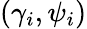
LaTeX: (\gamma_{i},\psi_{i})